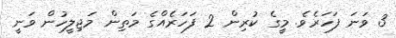
3 ވަނަ ފަހަރެވެ. މީގެ ކުރިން 2 ފަހަރެއްގެ މަތިން މަޖިލީހުން ވަނީ